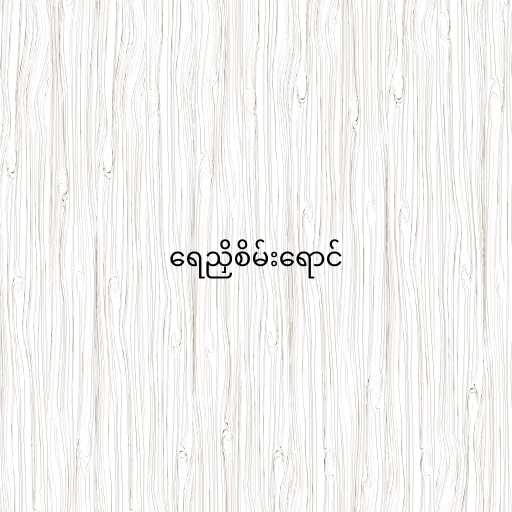
ရေညှိစိမ်းရောင်